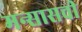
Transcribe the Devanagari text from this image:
मन्सासची